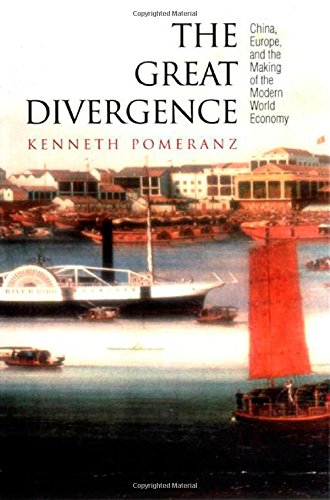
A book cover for The Great Divergence: China, Europe, and the Making of the Modern World Economy.; Kenneth Pomeranz; Business & Money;